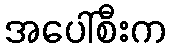
အပေါ်စီးက